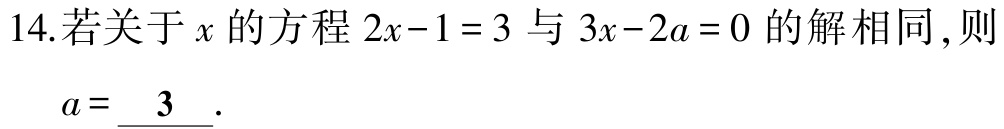
14.若关于\(x\)的方程\(2x - 1 = 3\)与\(3x - 2a = 0\)的解相同，则

\(a = \underline{3}\).